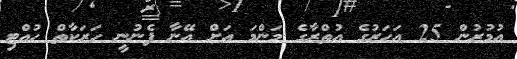
އުމުރުން 25 އަހަރުގެ އުތްރާގެ މަންމަ އަށް އޭނާ ފެނުނީ ހަރަކާތް ހުއްޓި